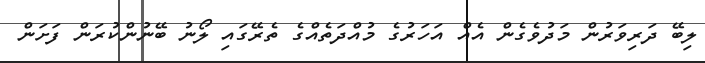
ލިބޭ ދަރިވަރުން މަދުވެގެން އެއް އަހަރުގެ މުއްދަތެއްގެ ތެރޭގައި ލޯނު ބޭނުންކުރަން ފަށަން